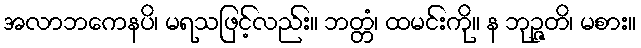
အလာဘကေနပိ၊ မရသဖြင့်လည်း။ ဘတ္တံ၊ ထမင်းကို။ န ဘုဉ္ဇတိ၊ မစား။